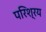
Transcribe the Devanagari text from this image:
परिश्रय